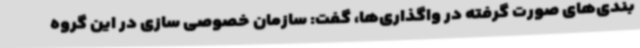
بندی‌های صورت گرفته در واگذاری‌ها، گفت: سازمان خصوصی سازی در این گروه